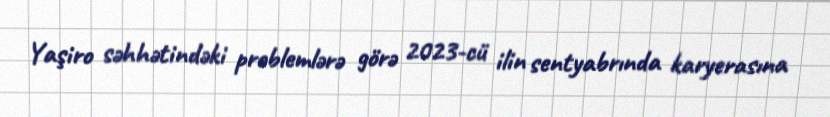
Yaşiro səhhətindəki problemlərə görə 2023-cü ilin sentyabrında karyerasına